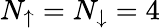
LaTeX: N_{\uparrow}=N_{\downarrow}=4